Report of the Indian Hemp Drugs Commission, 1894-1895 - Volume VII
Year: 1894
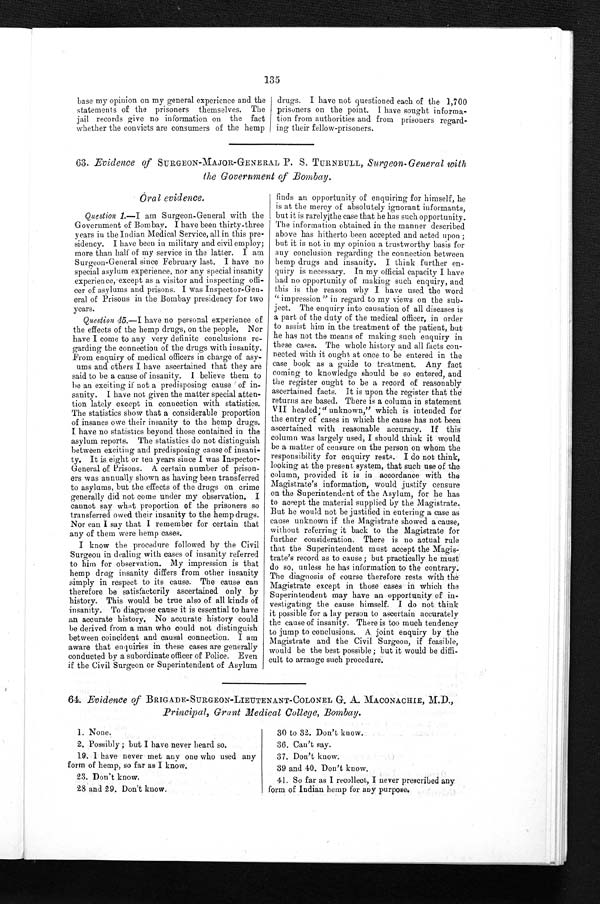
135
base my opinion on my general experience and the
statements of the prisoners themselves. The
jail records give no information on the fact
whether the convicts are consumers of the hemp
drugs. I have not questioned each of the 1,700
prisoners on the point. I have sought informa
-
tion from authorities and from prisoners regard
-
ing their fellow-prisoners.
63. Evidence of SURGEON-MAJOR-GENERAL P. S. TURNBULL, Surgeon-General with
the Government of Bombay.
Ò ral evidence.
Question 1.—I am Surgeon-General with the
Government of Bombay. I have been thirty-three
years in the Indian Medical Service, all in this pre
-
sidency. I have been in military and civil employ;
more than half of my service in the latter. I am
Surgeon-General since February last. I have no
special asylum experience, nor any special insanity
experience, except as a visitor and inspecting offi
-
cer of asylums and prisons. I was Inspector-Gen
-
eral of Prisons in the Bombay presidency for two
years.
Question 45 .—I have no personal experience of
the effects of the hemp drugs, on the people. Nor
have I come to any very definite conclusions re
-
garding the connection of the drugs with insanity.
From enquiry of medical officers in charge of asy
-
ums and others I have ascertained that they are
said to be a cause of insanity. I believe them to
be an exciting if not a predisposing cause of in
-
sanity. I have not given the matter special atten
-
t i o n l a t e l y e x c e p t i n c o n n e c t i o n w i t h s t a t i s t i c s .
The statistics show that a considerable proportion
of insanes owe their insanity to the hemp drugs.
I have no statistics beyond those contained in the
asylum reports. The statistics do not distinguish
between exciting and predisposing cause of insani
-
ty. It is eight or ten years since I was Inspector
-
General of Prisons. A certain number of prison
-
ers was annually shown as having been transferred
to asylums, but the effects of the drugs on crime
generally did not come under my observation. I
cannot say what proportion of the prisoners so
transferred owed their insanity to the hemp drugs.
Nor can I say that I remember for certain that
any of them were hemp cases.
I know the procedure followed by the Civil
Surgeon in dealing with cases of insanity referred
to him for observation. My impression is that
hemp drug insanity differs from other insanity
simply in respect to its cause. The cause can
therefore be satisfactorily ascertained only by
history. This would be true also of all kinds of
insanity. To diagnose cause it is essential to have
an accurate history. No accurate history could
be derived from a man who could not distinguish
between coincident and causal connection. I am
aware that enquiries in these cases are generally
conducted by a subordinate officer of Police. Even
if the Civil Surgeon or Superintendent of Asylum
finds an opportunity of enquiring for himself, he
is at the mercy of absolutely ignorant informants,
but it is rarely the case that he has such opportunity.
The information obtained in the manner described
above has hitherto been accepted and acted upon;
but it is not in my opinion a trustworthy basis for
any conclusion regarding the connection between
hemp drugs and insanity. I think further en
-
quiry is necessary. In my official capacity I have
had no opportunity of making such enquiry, and
this is the reason why I have used the word
"impression" in regard to my views on the sub
-
ject. The enquiry into causation of all diseases is
a part of the duty of the medical officer, in order
to assist him in the treatment of the patient, but
he has not the means of making such enquiry in
these cases. The whole history and all facts con
-
nected with it ought at once to be entered in the
case book as a guide to treatment. Any fact
coming to knowledge should be so entered, and
the register ought to be a record of reasonably
ascertained facts. It is upon the register that the
returns are based. There is a column in statement
VII headed; "unknown," which is intended for
the entry of cases in which the cause has not been
ascertained with reasonable accuracy. If this
column was largely used, I should think it would
be a matter of censure on the person on whom the
responsibility for enquiry rests. I do not think,
looking at the present system, that such use of the
column, provided it is in accordance with the
Magistrate's information, would justify censure
on the Superintendent of the Asylum, for he has
to accept the material supplied by the Magistrate.
But he would not be justified in entering a case as
cause unknown if the Magistrate showed a cause,
without referring it back to the Magistrate for
further consideration. There is no actual rule
that the Superintendent must accept the Ma
g i s -
trate's record as to cause; but practically he must
do so, unless he has information to the contrary.
The diagnosis of course therefore rests with the
Magistrate except in those cases in which the
Superintendent may have an opportunity of in
-
vestigating the cause himself. I do not think
it possible for a lay person to ascertain accurately
the cause of insanity. There is too much tendency
to jump to conclusions. A joint enquiry by the
Magistrate and the Civil Surgeon, if feasible,
would be the best possible; but it would be diffi
-
cult to arrange such procedure.
64. Evidence of BRIGADE-SURGEON-LIEUTENANT-COLONEL G. A. MACONACHIE, M.D.,
Principal, Grant Medical College, Bombay.
1. None.
2. Possibly; but I have never heard so.
19. I have never met any one who used any
form of hemp, so far as I know.
23. Don't know.
28 and 29. Don't know.
30 to 32. Don't know.
36. Can't say.
37. Don't know.
39 and 40. Don't know.
41. So far as I recollect, I never prescribed any
form of Indian hemp for any purpose.